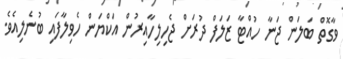
ވާގޮތް ބަލަން ޖަނާ ހުއްޓާ ޒަލަފް ދުރަށް ޖެހިލިހާއިރުން އަކްޔަން ހެވިލާފައި ބުނެލިއެވެ.